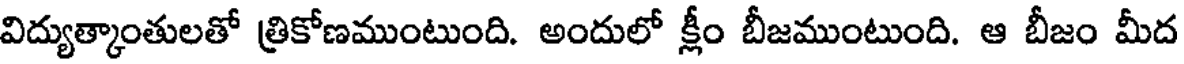
విద్యుత్కాంతులతో త్రికోణముంటుంది. అందులో క్లీం బీజముంటుంది. ఆ బీజం మీద